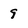
Character: 9